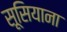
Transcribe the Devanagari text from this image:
सूसियाना